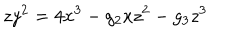
z y ^ { 2 } = 4 x ^ { 3 } - g _ { 2 } x z ^ { 2 } - g _ { 3 } z ^ { 3 }